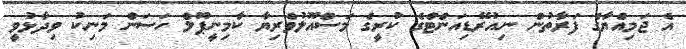
އެ ޖަމިއްޔާގެ ފަރާތުން ނިއުރޭޑިއަންޓްގެ ކުރީގެ މަސްއޫލުވެރިޔާ ކާމިނީޕޫލް ހަސަން މަނިކު ވިދާޅުވީ